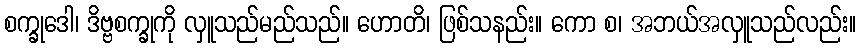
စက္ခုဒေါ၊ ဒိဗ္ဗစက္ခုကို လှူသည်မည်သည်။ ဟောတိ၊ ဖြစ်သနည်း။ ကော စ၊ အဘယ်အလှူသည်လည်း။